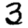
Digit: 3